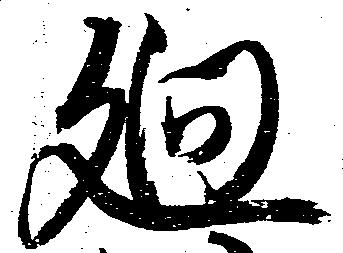
廻